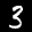
Label: 3